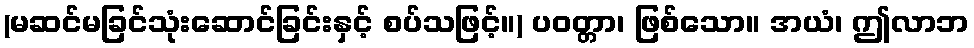
(မဆင်မခြင်သုံးဆောင်ခြင်းနှင့် စပ်သဖြင့်။) ပဝတ္တာ၊ ဖြစ်သော။ အယံ၊ ဤလာဘ